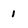
Character: 1